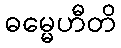
ဓမ္မေဟီတိ